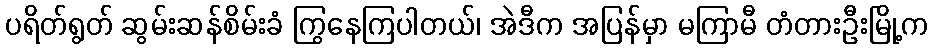
ပရိတ်ရွတ် ဆွမ်းဆန်စိမ်းခံ ကြွနေကြပါတယ်၊ အဲဒီက အပြန်မှာ မကြာမီ တံတားဦးမြို့က